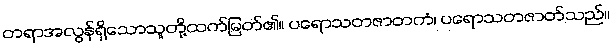
တရာအလွန်ရှိသောသူတို့ထက်မြတ်၏။ ပရောသတဇာတကံ၊ ပရောသတဇာတ်သည်။